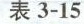
表3-15